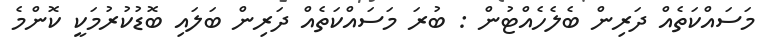
މަސައްކަތެއް ދަރިން ބެލެހެއްޓުން : ބުރަ މަސައްކަތެއް ދަރިން ބަލައި ބޮޑުކުރުމަކީ ކޮންމެ